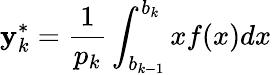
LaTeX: \mathbf{y}_{k}^{*}={\frac{{1}}{{p_{k}}}}\int_{b_{k-1}}^{b_{k}}xf(x)dx